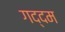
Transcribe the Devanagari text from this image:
गद्दम